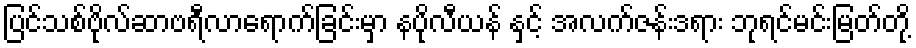
ပြင်သစ်ဗိုလ်ဆာဗရီလာရောက်ခြင်းမှာ နပိုလီယန် နှင့် အလက်ဇန်းဒရား ဘုရင်မင်းမြတ်တို့